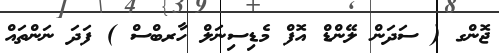
ޖޮންގ ( ސަދަން ލޭންޑް އޮފް މެޑިސިނަލް ހާރބްސް ) ފަދަ ނަންތައް